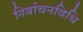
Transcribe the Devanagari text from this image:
निर्वाचनविधि